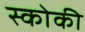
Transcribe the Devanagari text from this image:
स्कोकी